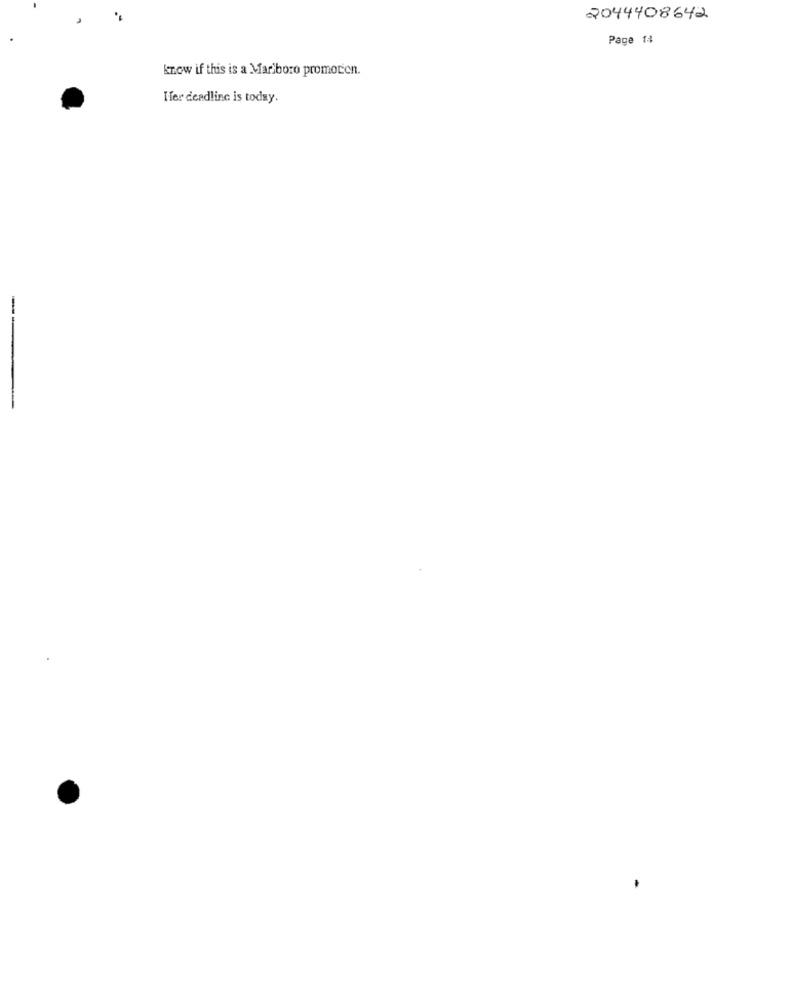
2044408642
Page 14
know if this is a Marlboro promorien.
Ifer deadline is today.
-